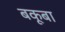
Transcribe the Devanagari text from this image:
बकूबा